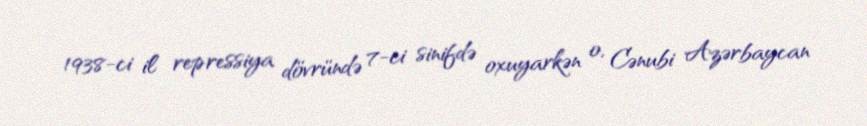
1938-ci il repressiya dövründə 7-ci sinifdə oxuyarkən o, Cənubi Azərbaycan